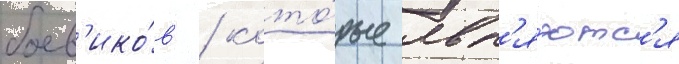
боев'ико́в / кото́рые явл'я́ютс'я